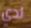
لدي